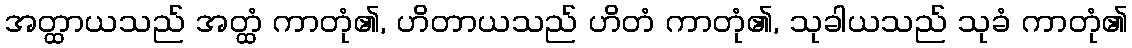
အတ္ထာယသည် အတ္ထံ ကာတုံ၏, ဟိတာယသည် ဟိတံ ကာတုံ၏, သုခါယသည် သုခံ ကာတုံ၏